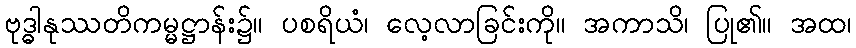
ဗုဒ္ဓါနုဿတိကမ္မဋ္ဌာန်း၌။ ပစရိယံ၊ လေ့လာခြင်းကို။ အကာသိ၊ ပြု၏။ အထ၊